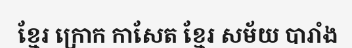
ខ្មែរ ក្រោក កាសែត ខ្មែរ សម័យ បារាំង